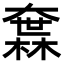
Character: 𡙻